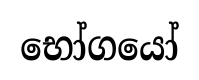
භෝගයෝ